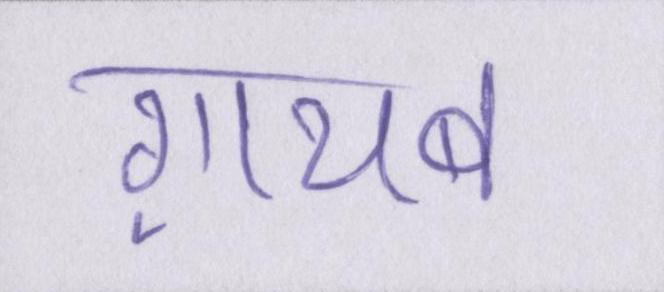
ग़ायब